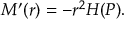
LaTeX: M ^ { \prime } ( r ) = - r ^ { 2 } { \cal H } ( P ) .